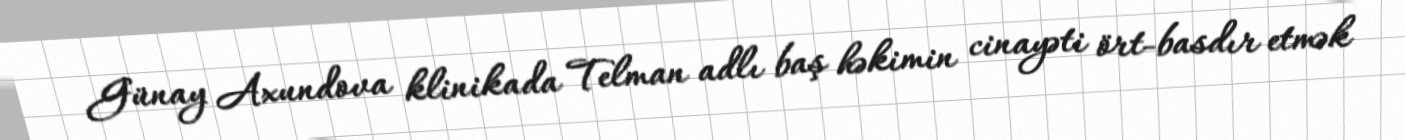
Günay Axundova klinikada Telman adlı baş həkimin cinayəti ört-basdır etmək